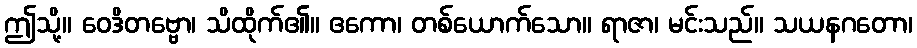
ဤသို့။ ဝေဒိတဗ္ဗော၊ သိထိုက်၏။ ဧကော၊ တစ်ယောက်သော။ ရာဇာ၊ မင်းသည်။ သယနဂတော၊